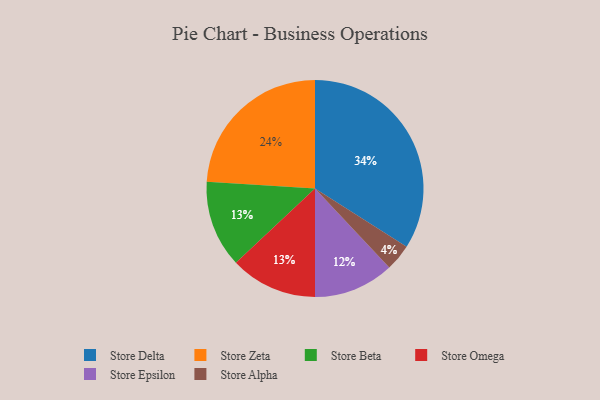
{"axis": {"x": "Category", "y": "Percentage"}, "legend": ["Store Alpha", "Store Beta", "Store Delta", "Store Epsilon", "Store Omega", "Store Zeta"], "data": [{"x": "Store Zeta", "y": 24, "type": "Store Zeta"}, {"x": "Store Epsilon", "y": 12, "type": "Store Epsilon"}, {"x": "Store Delta", "y": 34, "type": "Store Delta"}, {"x": "Store Beta", "y": 13, "type": "Store Beta"}, {"x": "Store Omega", "y": 13, "type": "Store Omega"}, {"x": "Store Alpha", "y": 4, "type": "Store Alpha"}]}